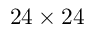
2 4 \times 2 4